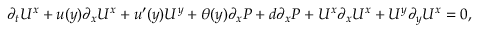
\begin{array} { r } { \partial _ { t } U ^ { x } + u ( y ) \partial _ { x } U ^ { x } + u ^ { \prime } ( y ) U ^ { y } + \theta ( y ) \partial _ { x } P + d \partial _ { x } P + U ^ { x } \partial _ { x } U ^ { x } + U ^ { y } \partial _ { y } U ^ { x } = 0 , } \end{array}